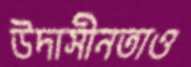
উদাসীনতাও